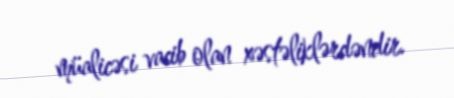
müalicəsi vacib olan xəstəliklərdəndir.